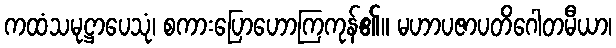
ကထံသမုဋ္ဌာပေသုံ၊ စကားပြောဟောကြကုန်၏။ မဟာပဇာပတိဂေါတမီယာ၊